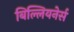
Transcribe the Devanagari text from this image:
बिल्लियनेर्स